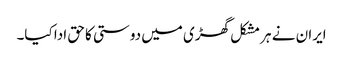
ایران نے ہر مشکل گھڑی میں دوستی کا حق ادا کیا۔